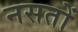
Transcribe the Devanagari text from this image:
नसतों